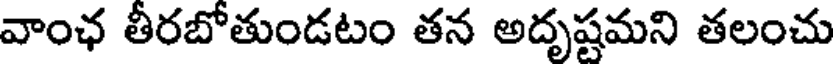
వాంఛ తీరబోతుండటం తన అదృష్టమని తలంచు